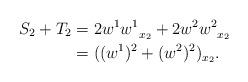
LaTeX: \begin{align*}S_2 + T_2 &= 2w^1 {w^1}_{\substack{\\x_2}} + 2w^2{w^2}_{\substack{\\x_2}} \\ &= ((w^1)^2 + (w^2)^2)_{x_2}.\end{align*}